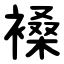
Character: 褬